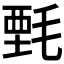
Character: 𰚤